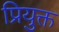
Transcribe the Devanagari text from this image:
प्रियुक्त